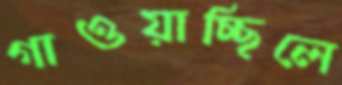
গাওয়াচ্ছিলে